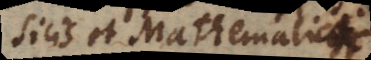
physicis et Mathematicis